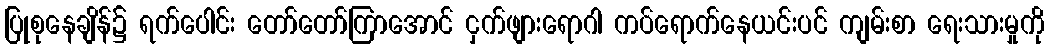
ပြုစုနေချိန်၌ ရက်ပေါင်း တော်တော်ကြာအောင် ငှက်ဖျားရောဂါ ကပ်ရောက်နေယင်းပင် ကျမ်းစာ ရေးသားမှုကို